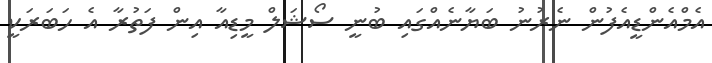
އެމްއެންޑީއެފުން ނެރުނު ބަޔާނެއްގައި ބުނީ ސޯޝަލް މީޑިއާ އިން ފަތުރާ އެ ހަބަރަކީ